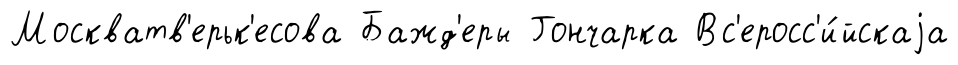
Москватв'ерьк'есова Бажд'еры Гончарка Вс'еросс'и́йскаjа